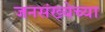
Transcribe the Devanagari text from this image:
जनसंख्येच्या